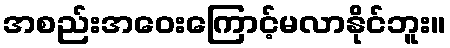
အစည်းအဝေးကြောင့်မလာနိုင်ဘူး။